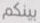
بينكم